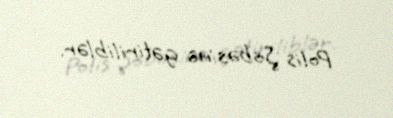
Polis Şöbəsinə gətiriliblər.